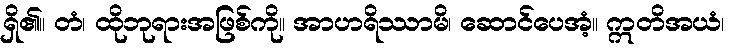
ရှိ၏။ တံ၊ ထိုဘုရားအဖြစ်ကို။ အာဟရိဿာမိ၊ ဆောင်ပေအံ့။ ဣတိအယံ၊